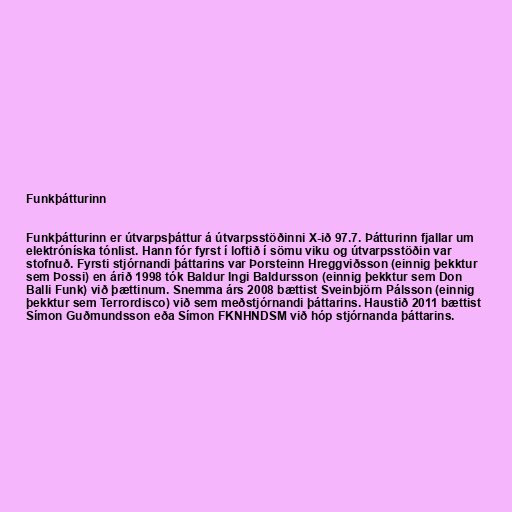
Funkþátturinn

Funkþátturinn er útvarpsþáttur á útvarpsstöðinni X-ið 97.7. Þátturinn fjallar um
elektróníska tónlist. Hann fór fyrst í loftið í sömu viku og útvarpsstöðin var
stofnuð. Fyrsti stjórnandi þáttarins var Þorsteinn Hreggviðsson (einnig þekktur
sem Þossi) en árið 1998 tók Baldur Ingi Baldursson (einnig þekktur sem Don
Balli Funk) við þættinum. Snemma árs 2008 bættist Sveinbjörn Pálsson (einnig
þekktur sem Terrordisco) við sem meðstjórnandi þáttarins. Haustið 2011 bættist
Símon Guðmundsson eða Símon FKNHNDSM við hóp stjórnanda þáttarins.